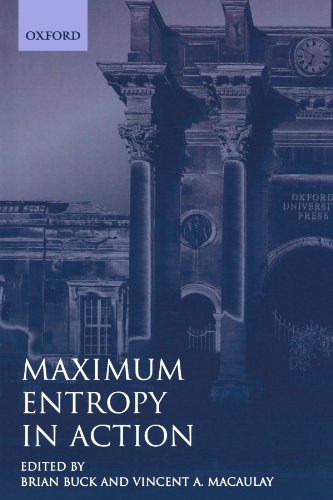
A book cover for Maximum Entropy in Action: A Collection of Expository Essays; Science & Math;